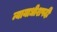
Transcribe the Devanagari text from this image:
न्यायाधीशपदी